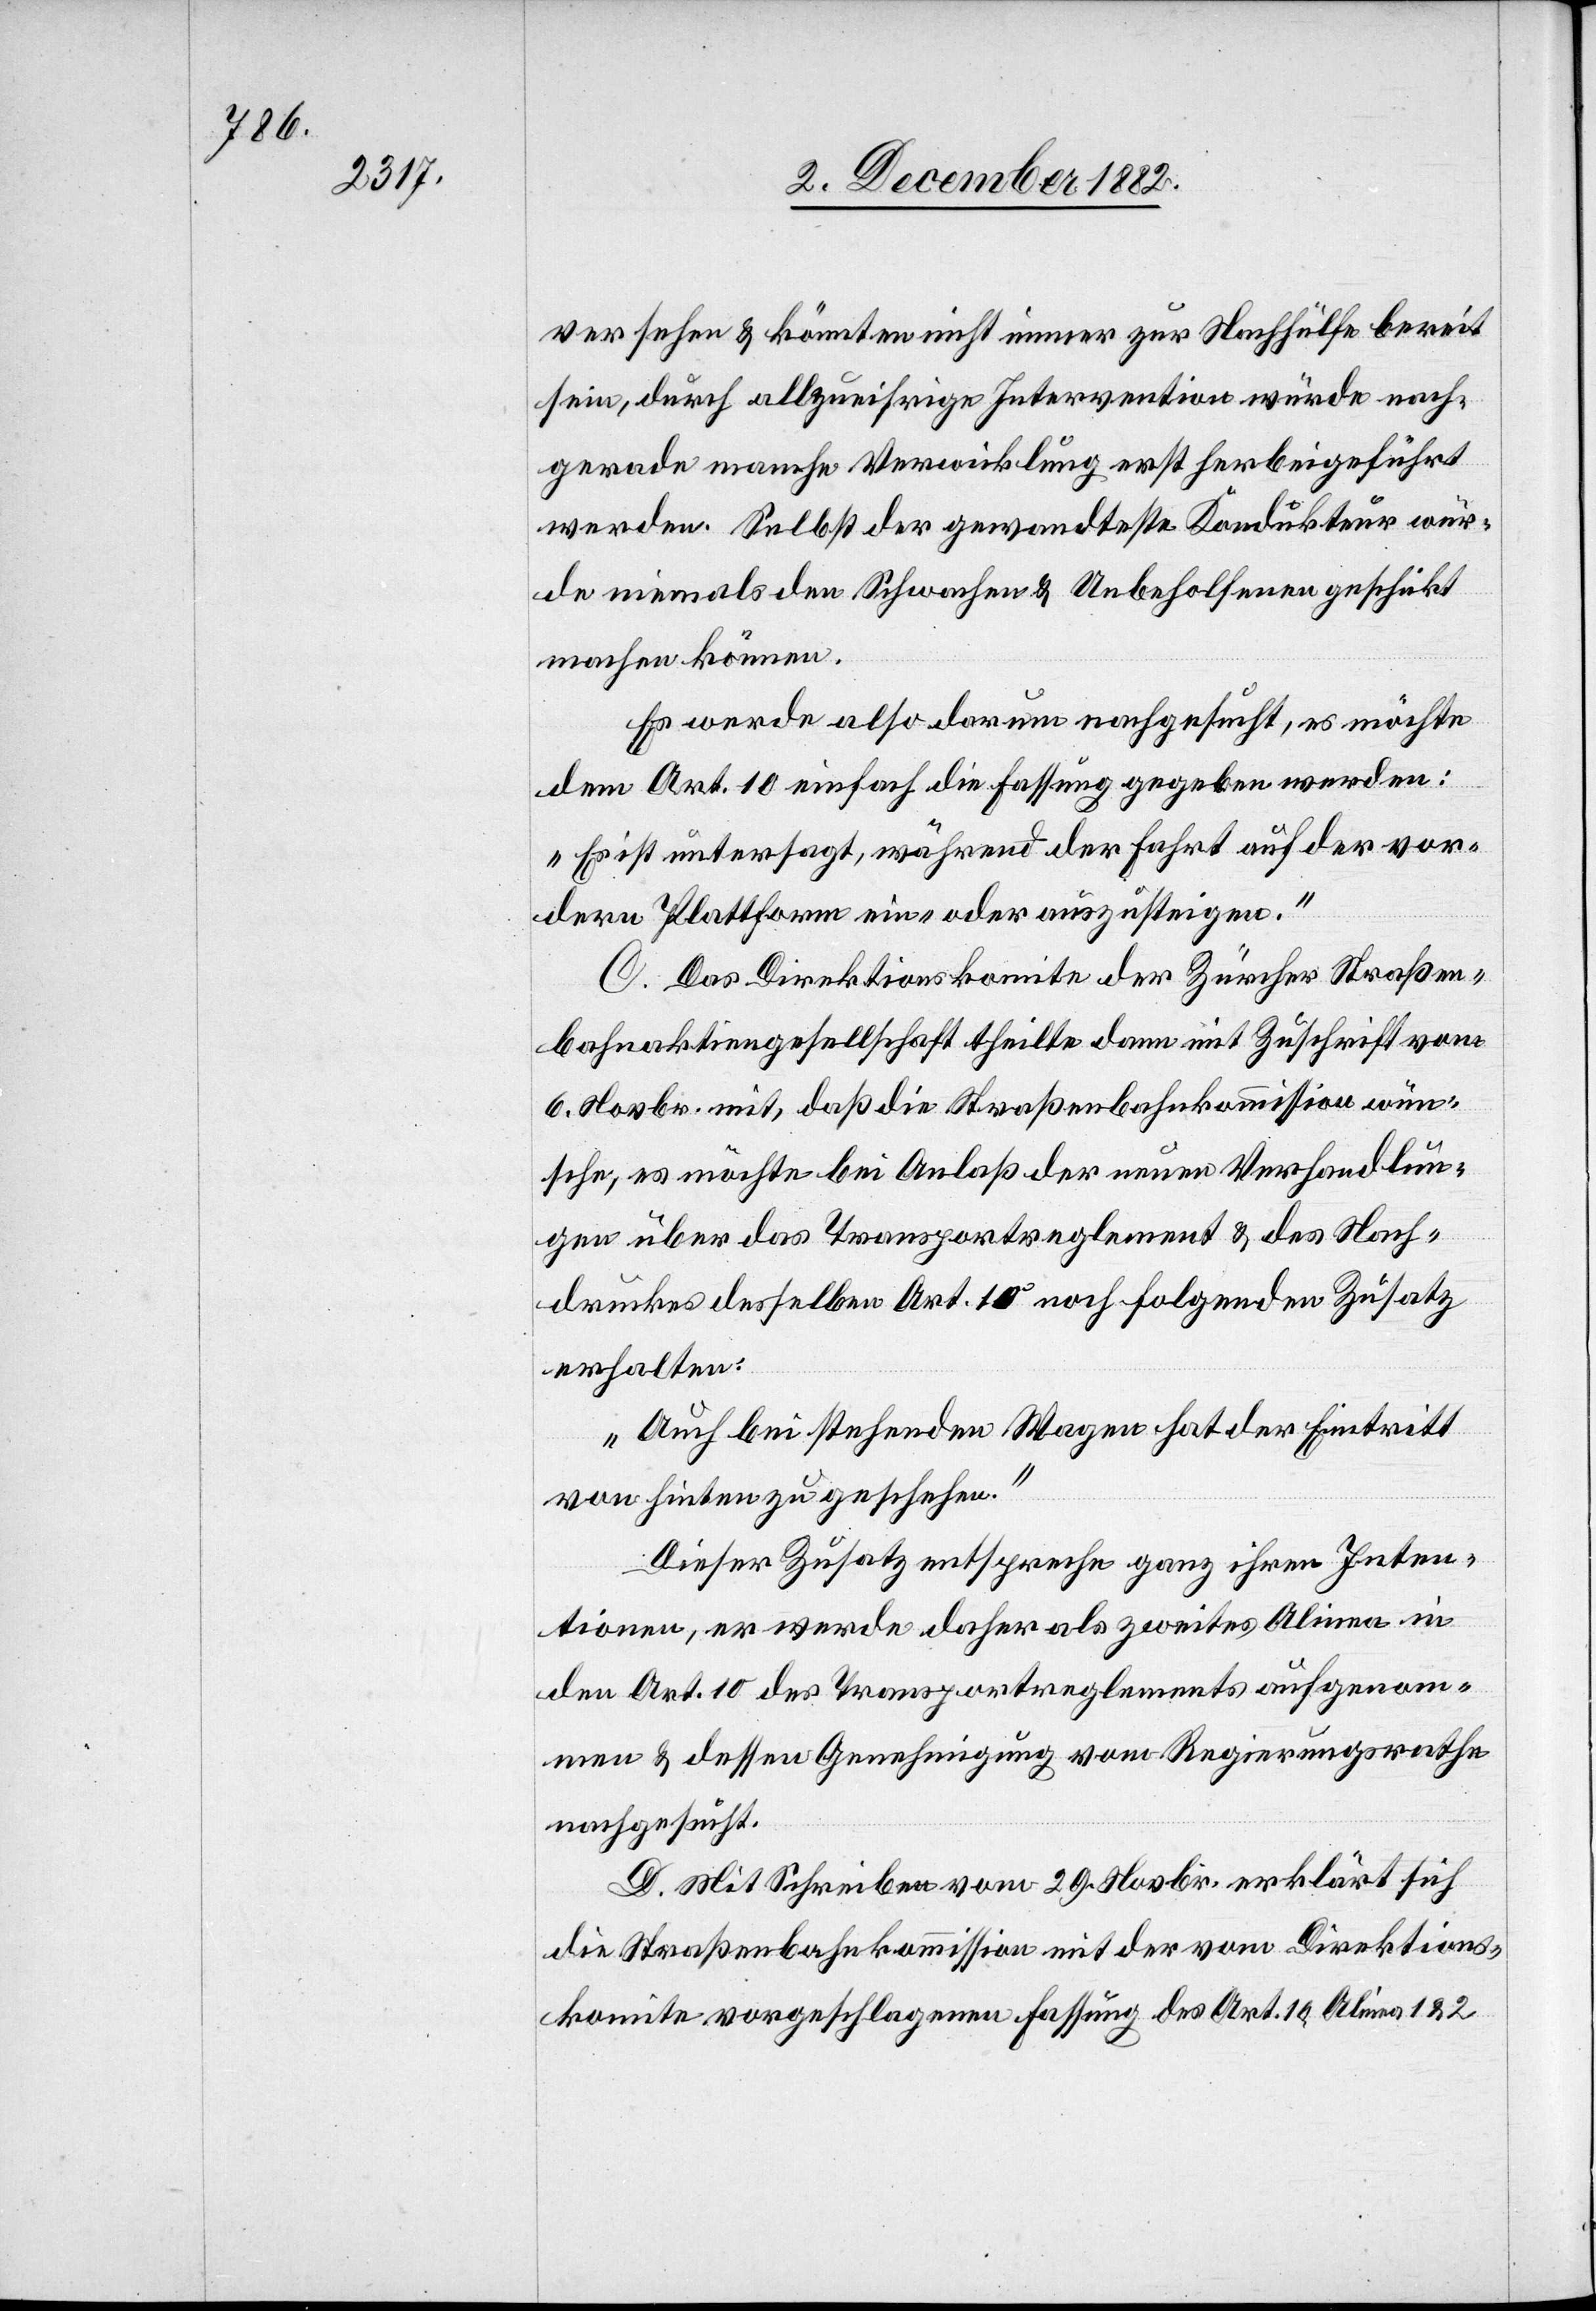
versehen & könnten nicht immer zur Nachhülfe bereit
sein, durch allzueifrige Intervention würde nach¬
gerade manche Verwicklung erst herbeigeführt
werden. Selbst der gewandteste Kondukteur wür¬
de niemals den Schwachen & Unbeholfenen geschickt
machen können.
Es werde also darum nachgesucht, es möchte
dem Art. 10 einfach die Fassung gegeben werden:
„Es ist untersagt, während der Fahrt auf der vor¬
dern Plattform ein- oder auszusteigen.“
C. Das Direktionskomite der Zürcher Straßen¬
bahnaktiengesellschaft theilte dann mit Zuschrift vom
6. Novbr. mit, daß die Straßenbahnkommission wün¬
sche, es möchte bei Anlaß der neuen Verhandlun¬
gen über das Transportreglement & des Nach¬
druckes desselben Art. 10 noch folgenden Zusatz
erhalten:
„Auch bei stehenden Wagen hat der Eintritt
von hinten zu geschehen.“
Dieser Zusatz entspreche ganz ihren Inten¬
tionen, er werde daher als zweites Alinea in
den Art. 10 des Transportreglements aufgenom¬
men & dessen Genehmigung vom Regierungsrathe
nachgesucht.
D. Mit Schreiben vom 29. Novbr. erklärt sich
die Straßenbahnkommission mit der vom Direktions¬
komite vorgeschlagenen Fassung des Art. 10 Alinea 1 & 2